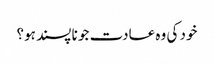
خود کی وہ عادت جو نا پسند ہو؟